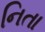
નિતા